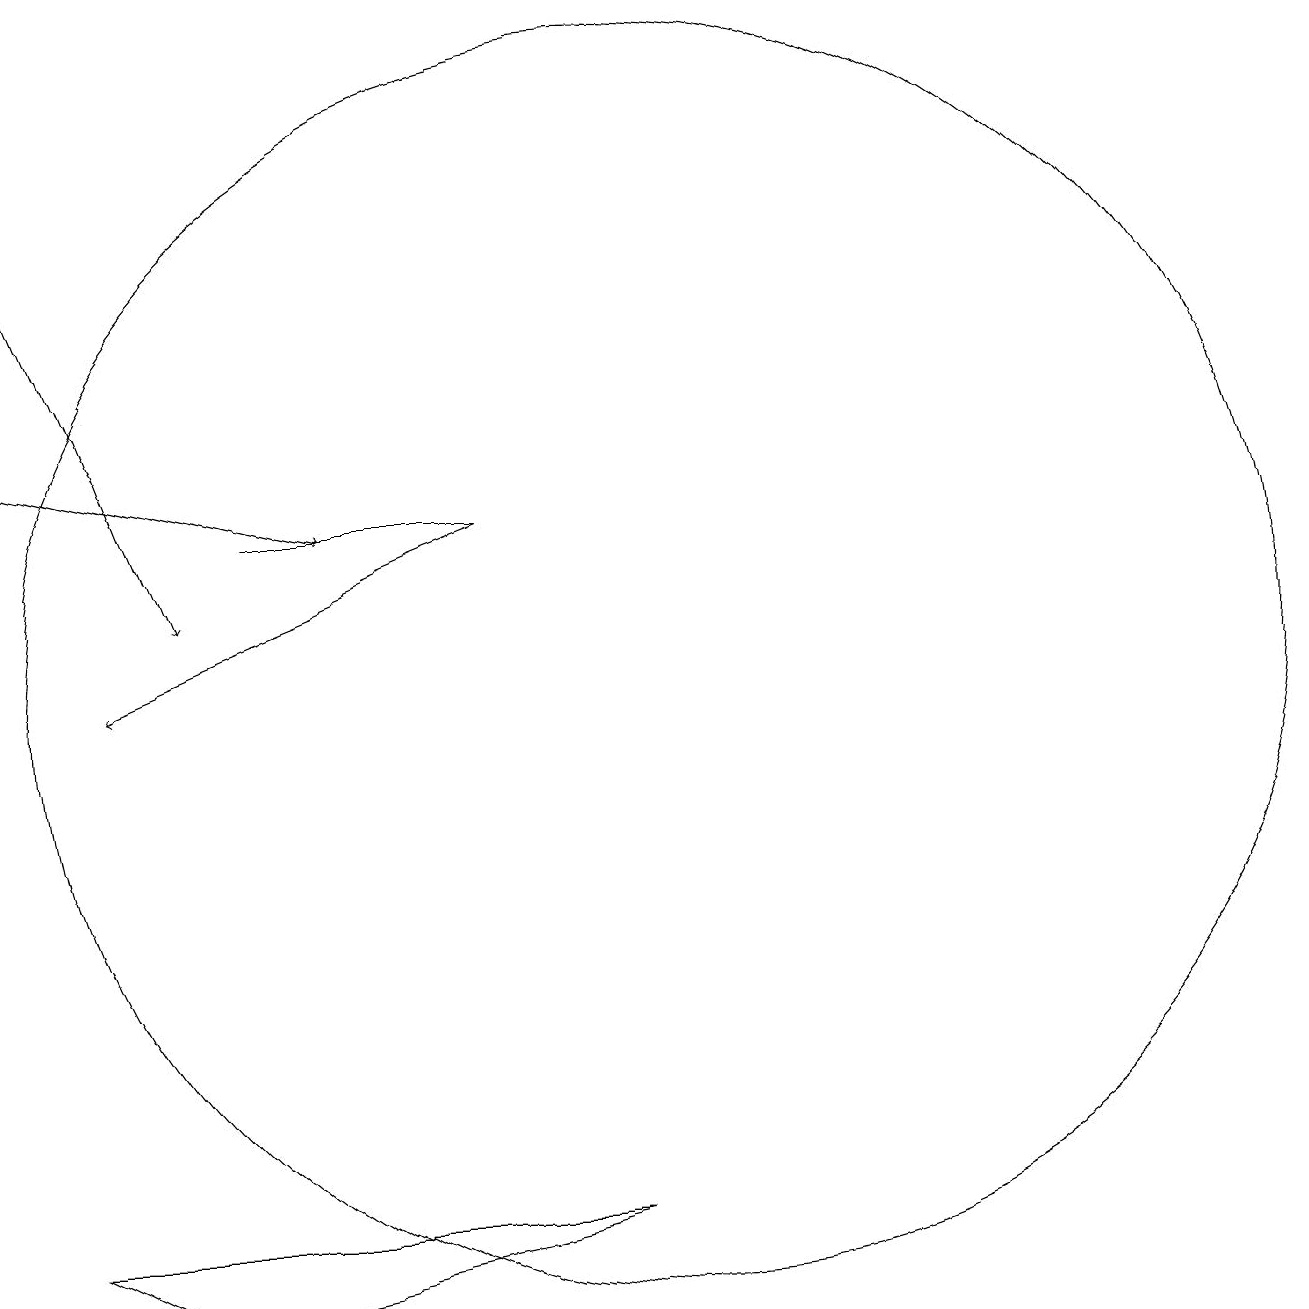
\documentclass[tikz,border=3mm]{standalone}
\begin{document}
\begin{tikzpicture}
\draw (11,10) circle (0);
\draw (10,11) circle (8);
\draw[->] (2,17) -- (4,12);
\draw[->] (2,14) -- (6,13);
\draw (2,4) -- (4,3) -- (9,4) -- cycle;
\draw[->] (8,13) -- (3,11);
\draw (5,13) rectangle (8,13);
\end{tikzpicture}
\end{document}